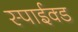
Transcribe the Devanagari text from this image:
स्पाईक्ड